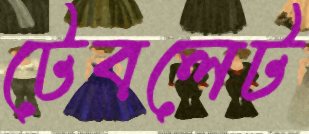
টেবলেট